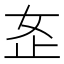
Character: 𫰏